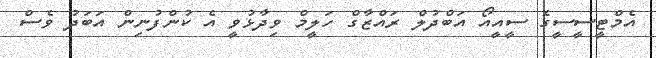
އެމްޓީސީސީގެ ސީއީއޯ އަބްދުލް ރައްޒާގް ހަލީމް ވިދާޅުވީ އެ ކުންފުނިން އަބަދު ވެސް